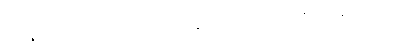
သမန္နာဂတော၊ ပြည့်စုံသော။ ဘိက္ခု၊ ရဟန်းသည်။ အာဟုနေတယျေ၊